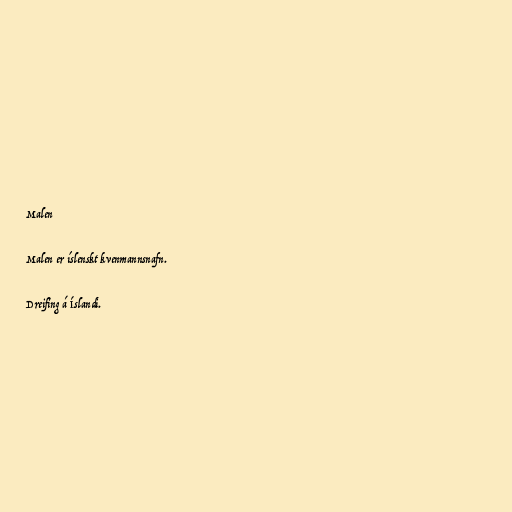
Malen

Malen er íslenskt kvenmannsnafn.

Dreifing á Íslandi.